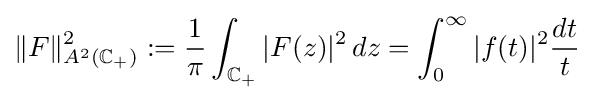
\|F\|_{A^{2}(\mathbb {C} _{+})}^{2}:={\frac {1}{\pi }}\int _{\mathbb {C} _{+}}|F(z)|^{2}\,dz=\int _{0}^{\infty }|f(t)|^{2}{\frac {dt}{t}}